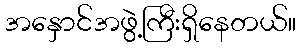
အနှောင်အဖွဲ့ကြီးရှိနေတယ်။